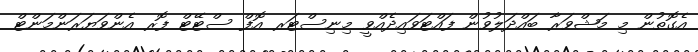
އެގޮތުން މި މަޝްވަރާ ބައްދަލުވުން ފައްޓަވައިދެއްވީ މިނިސްޓަރ އޮފް ސްޓޭޓް ފޮރ އެންވަޔަރަންމަންޓް